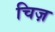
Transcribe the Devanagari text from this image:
चिज़